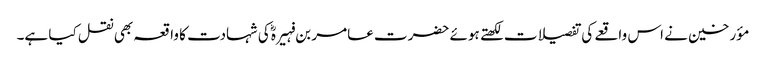
مؤرخین نے اس واقعے کی تفصیلات لکھتے ہوئے حضرت عامر بن فہیرہؓ کی شہادت کا واقعہ بھی نقل کیا ہے۔